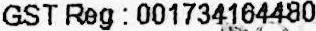
GST REG : 001734164480